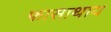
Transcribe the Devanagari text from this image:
फासाथाय